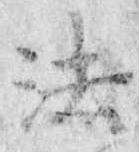
法